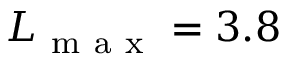
L _ { \mathrm { ~ m ~ a ~ x ~ } } = 3 . 8